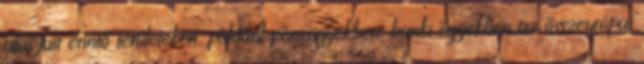
alapjait érintő területeken, például pénzügyekben, banki ügyekben az összeurópai